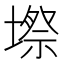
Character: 𭏥